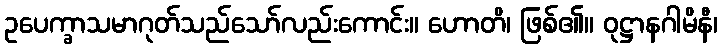
ဥပေက္ခာသမာဂုတ်သည်သော်လည်းကောင်း။ ဟောတိ၊ ဖြစ်၏။ ဝုဋ္ဌာနဂါမိနီ၊